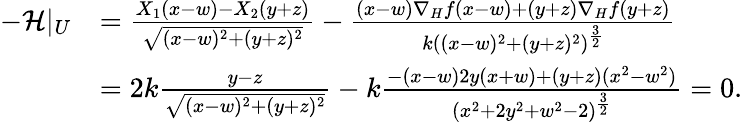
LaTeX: \begin{array}{rl}{-\mathcal{H}|_{U}}&{=\frac{X_{1}(x-w)-X_{2}(y+z)}{\sqrt{(x-w)^{2}+(y+z)^{2}}}-\frac{(x-w)\nabla_{H}f(x-w)+(y+z)\nabla_{H}f(y+z)}{k((x-w)^{2}+(y+z)^{2})^{\frac{3}{2}}}}\\ &{=2k\frac{y-z}{\sqrt{(x-w)^{2}+(y+z)^{2}}}-k\frac{-(x-w)2y(x+w)+(y+z)(x^{2}-w^{2})}{(x^{2}+2y^{2}+w^{2}-2)^{\frac{3}{2}}}=0.}\end{array}